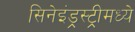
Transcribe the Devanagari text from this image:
सिनेइंड्रस्ट्रीमध्ये